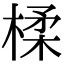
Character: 楺